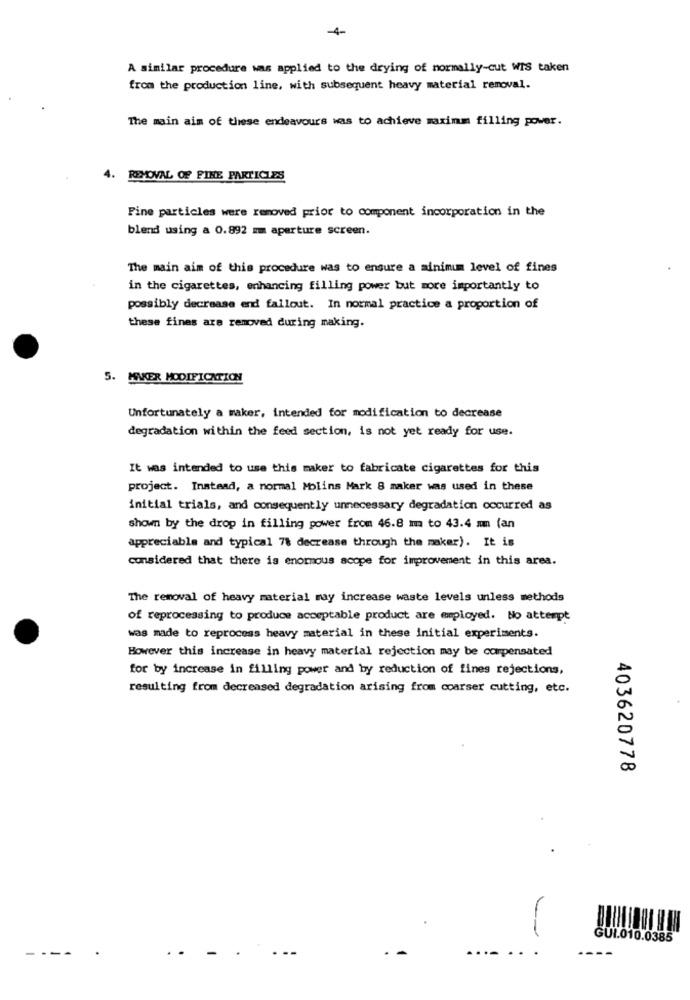
-4-
A similar procedure was applied to the drying of normally-cut WIS taken
from the production line, with subsequent heavy material removal.
The main aim of these endeavours was to achieve maximm filling power.
4. REMOVAL OF FINE PARTICLES
Fine particles were removed prior to component incorporation in the
blend using a 0.892 mm aperture screen.
The main aim of this procedure was to ensure a minimum level of fines
in the cigarettes, enhancing filling power but more importantly to
possibly decrease end fallout. In normal practice a proportion of
these fines are removed during making.
5. MAKER MODIFICATION
Unfortunately a maker, intended for modification to decrease
degradation within the feed section, is not yet ready for use.
It was intended to use this maker to fabricate cigarettes for this
project. Instead, a normal Molins Mark 8 maker was used in these
initial trials, and consequently unnecessary degradation occurred as
shown by the drop in filling power from 46.8 mm to 43.4 mm (an
appreciable and typical 78 decrease through the maker). It is
considered that there is enormous scope for improvement in this area.
The removal of heavy material may increase waste levels unless methods
of reprocessing to produce acceptable product are employed. No attempt
was made to reprocess heavy material in these initial experiments.
However this increase in heavy material rejection may be compensated
for by increase in filling power and by reduction of fines rejections,
resulting from decreased degradation arising from coarser cutting, etc.
403620778
GUI.010.0385
- ---
.
-
.